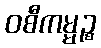
ဝစီကမ္မဉ္စ